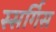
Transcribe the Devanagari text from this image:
स्सर्गिस